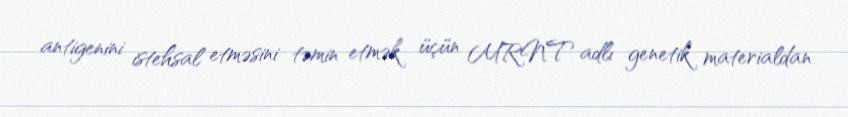
antigenini istehsal etməsini təmin etmək üçün MRNT adlı genetik materialdan